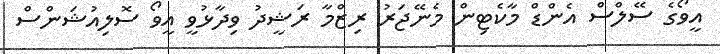
އީވޯގެ ސޭލްސް އެންޑް މާކެޓިން މެނޭޖަރު ރިޒްމާ ރަޝީދު ވިދާޅުވީ އީވޯ ސޮލިއުޝަންސް